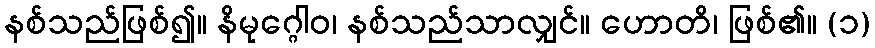
နစ်သည်ဖြစ်၍။ နိမုဂ္ဂေါဝ၊ နစ်သည်သာလျှင်။ ဟောတိ၊ ဖြစ်၏။ (၁)